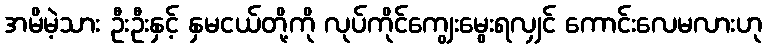
အမိမဲ့သား ဦးဦးနှင့် နှမငယ်တို့ကို လုပ်ကိုင်ကျွေးမွေးရလျှင် ကောင်းလေမလားဟု